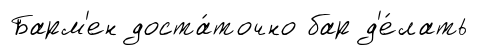
Барм'ен доста́точно бар д'е́лать